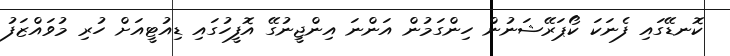
ކޮނޑޭގައި ފެނަކަ ކޯޕަރޭޝަނުން ހިންގަމުން އަންނަ އިންޖީނުގޭ އޮފީހުގައި ޑިއުޓީއަށް ހުރި މުވައްޒަފު